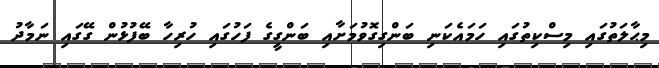
މިޙާލަތުގައި މިސްކިތުގައި ހަމައެކަނި ބަންގިގޮވުމަށާއި ބަންގީގެ ފަހުގައި ހުރިހާ ބޭފުޅުން ގޭގައި ނަމާދު